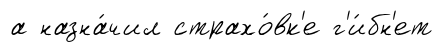
а назна́чил страхо́вк'е г'и́бн'ет